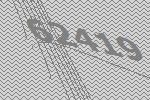
62419